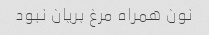
نون همراه مرغ بریان نبود